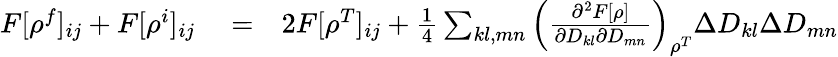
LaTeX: \begin{array}{rlr}{F[\rho^{f}]_{ij}+F[\rho^{i}]_{ij}}&{{}=}&{2F[\rho^{T}]_{ij}+\frac{1}{4}\sum_{kl,mn}\left(\frac{\partial^{2}F[\rho]}{\partial D_{kl}\partial D_{mn}}\right)_{\rho^{T}}\Delta D_{kl}\Delta D_{mn}}\end{array}